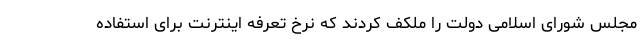
مجلس شورای اسلامی دولت را ملکف کردند که نرخ تعرفه اینترنت برای استفاده